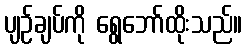
ပျဉ်ချပ်ကို ရွေဘော်ထိုးသည်။